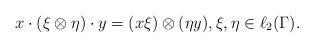
LaTeX: \begin{align*} x \cdot (\xi \otimes \eta) \cdot y = (x \xi) \otimes (\eta y), \xi, \eta \in \ell_2(\Gamma). \end{align*}